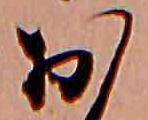
お